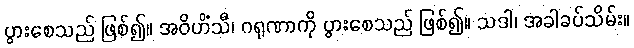
ပွားစေသည် ဖြစ်၍။ အဝိဟိံသီ၊ ဂရုဏာကို ပွားစေသည် ဖြစ်၍။ သဒါ၊ အခါခပ်သိမ်း။